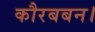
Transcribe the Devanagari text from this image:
कौरबबन।